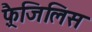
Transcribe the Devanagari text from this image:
फ़्रैजिलिस